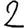
Digit: 2